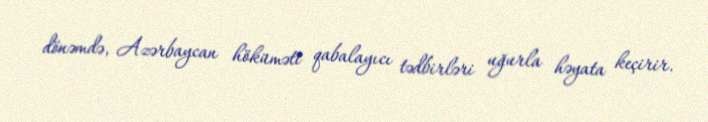
dönəmdə, Azərbaycan höküməti qabalayıcı tədbirləri uğurla həyata keçirir.